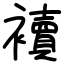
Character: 襩